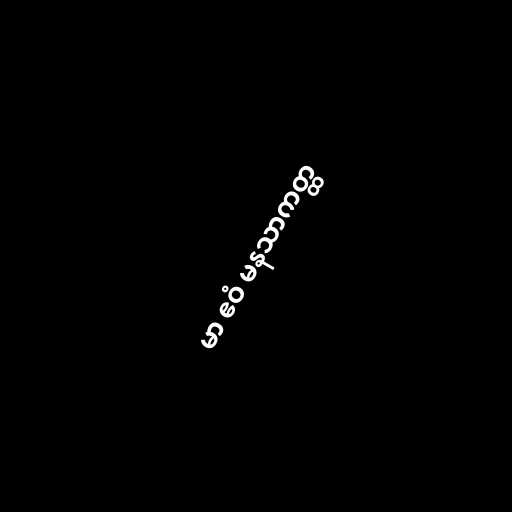
မာ ဧဝံ မနသာကတ္ထ